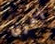
أخرى